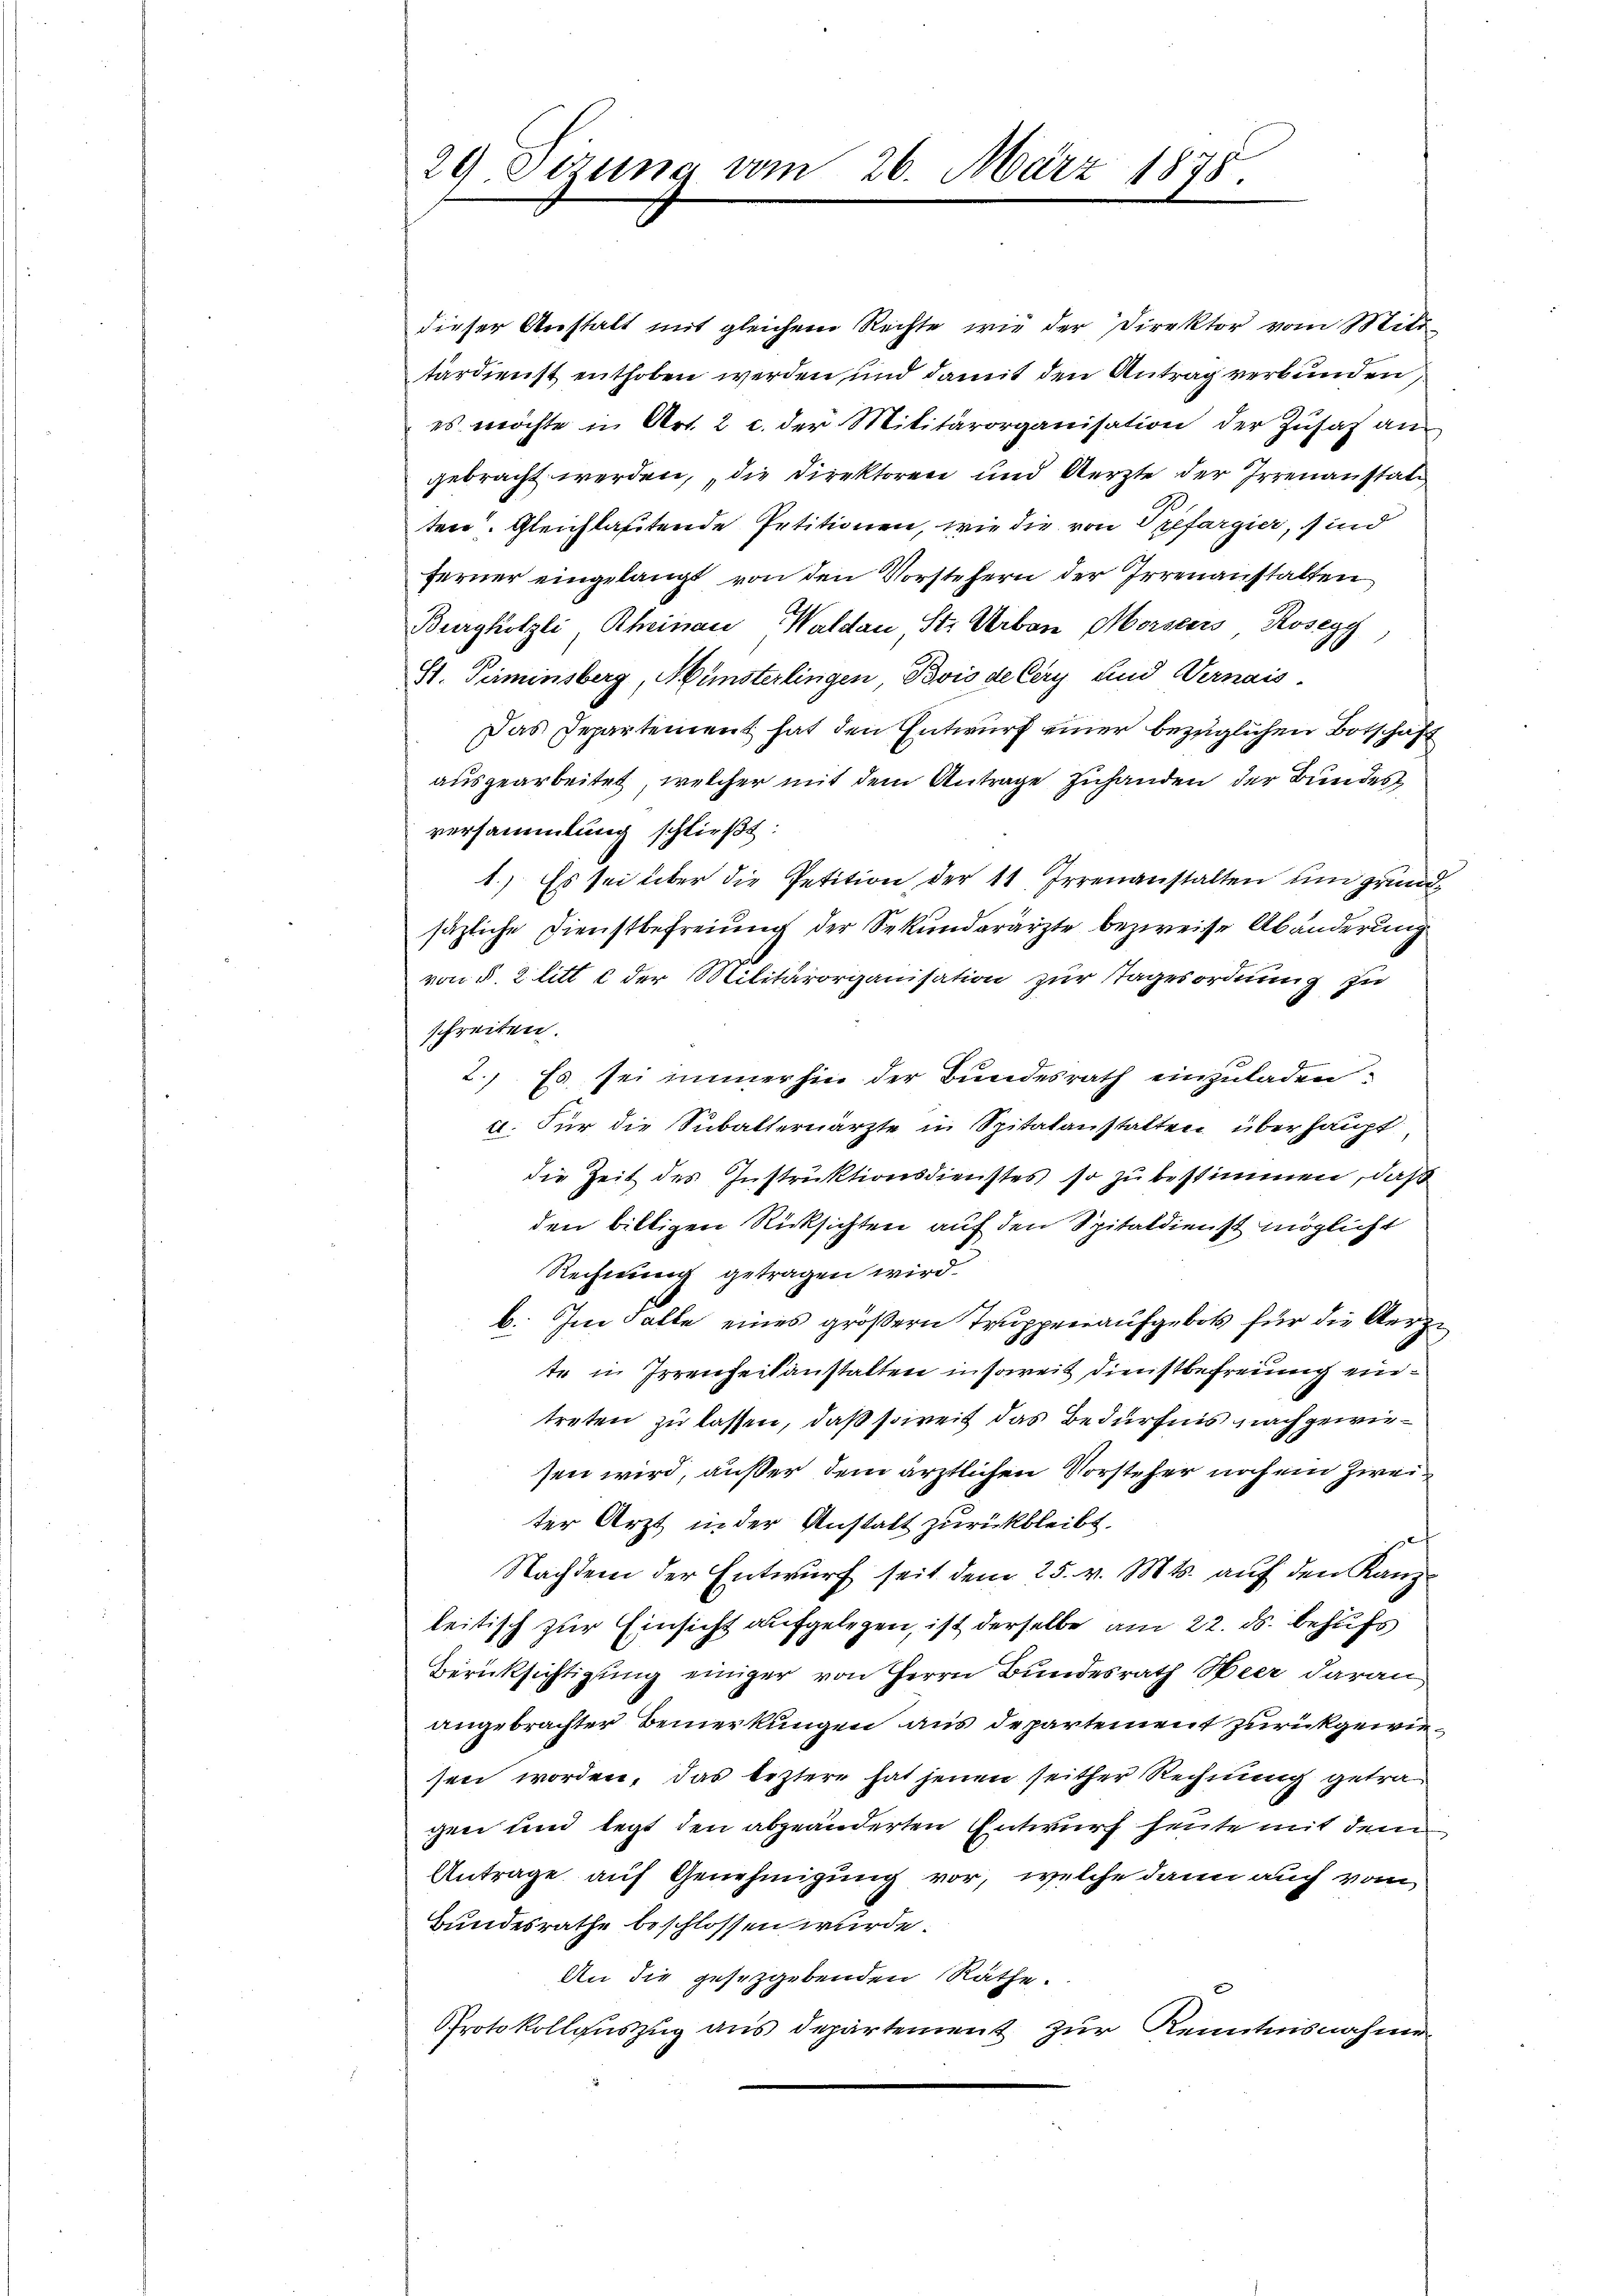
29. Sizung von

dieser Anstalt mit gleichem Rechte, wie der Direktor vom Mitt-
tärdienst enthoben werden und damit den Antrag verbunden,
es möchte in Art. 2 c. der Militärorganisation der Zŭsat an
gebracht werden, die Direktoren und Aerzte der Irrenanstate,
ten. Gleichlastende Petitionen, wie die von Prefargier, sind
ferner eingelangt von den Vorstehern der Irrenanstalten
Burghölzli, Rheinau, Waldau St. Urban Morseers Rosegg
St. Perminsberg, Münsterlingen, Bois de Cery und Vernais
Das Departement hat den Entwurf einer bezüglichen Botschaft
ausgearbeitet, welcher mit dem Antrage zuhanden der Bundes
versammlung schließt:
1.) Es sei über die Petition der 11, Irrenanstalten und grundsäzliche Dienstbefreiung der Sekunderärzte bezweife Abänderung
von §. 2 litt. c der Militärorganisation zur Tagesordnung zu
schreiten.
2.) Es sei immerhin der Bundesrath einzuladen
d. Für die Subalterärzte in Spitalanstalten überhaupt
die Zeit des Instruktionsdienstes so zu bestimmen, daß
den billigen Rücksichten auf den Spitaldienst möglicht
Rechnung getragen wird.
b. Im Falle eines größern Truppenaufgebot für die Aerzte in Irrenheitanstalten insoweit Dienstbefreung eintreten zu lassen, daß soweit das Bedürfnis nach gewiesen wird, außer dem ärztlichen Vorsteher noch ein Zweiter Arzt in der Anstatt zurückbleibt.
x
Nachdem der Entwurf seit dem 25. v. Mts. auf den Kanz
leitisch zur Einsicht aufgelegen, ist derselbe am 22. ds. behufs
Berücksichtigung einiger von Herrn Bundesrath Heer daran
angebrachter Bemerkungen aus departement zurückgewiesen worden, das leztere hat jenen seither Rechnung getragen und legt den abgeänderten Entwurf heute mit dem
Antrage auf Genehmigung vor, welche dann auch vom
Bundesrathe beschlossen wurde.
An die gesetzgebenden Räthe.
Protokollauszug aus departement zur Kenntnisnahme

März 1878.